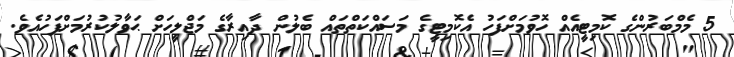
5 މެމްބަރުންގެ ކޮމިޓީއެއް ހޮވުމަށްފަހު އެކޮމިޓީގެ މަސައްކަތްތައް ބެލުން ދާއިރާގެ މަޖްލީހަށް ޙަވާލުކުރުމަށްފަހުއެވެ.